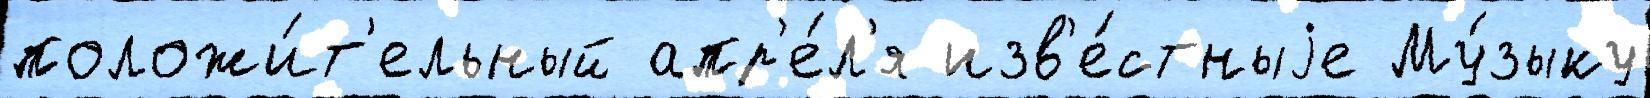
положи́т'ельный апр'е́л'я изв'е́стныjе Му́зыку